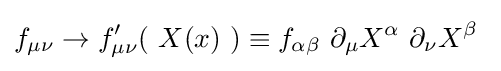
f_{\mu \nu }\to f'_{\mu \nu }\!\left(\ X(x)\ \right)\equiv f_{\alpha \beta }\ \partial _{\mu }X^{\alpha }\ \partial _{\nu }X^{\beta }~